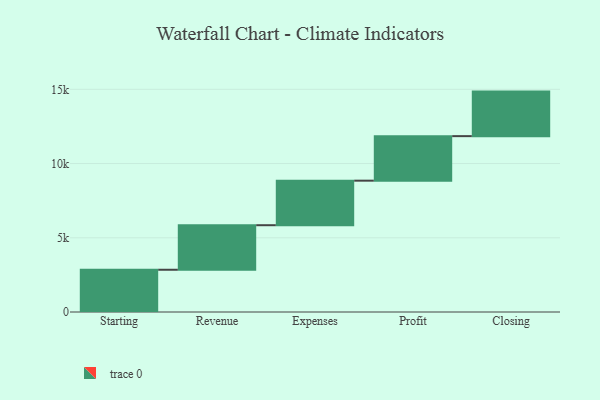
{"axis": {"x": "Step", "y": "Value"}, "legend": [""], "data": [{"x": "Starting", "y": 2846.0, "type": ""}, {"x": "Revenue", "y": 3000, "type": ""}, {"x": "Expenses", "y": 3000, "type": ""}, {"x": "Profit", "y": 3000, "type": ""}, {"x": "Closing", "y": 3000, "type": ""}]}